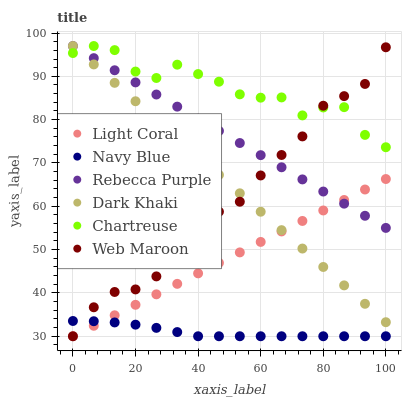
| xaxis_label | Light Coral | Navy Blue | Rebecca Purple | Dark Khaki | Chartreuse | Web Maroon |
 | --- | --- | --- | --- | --- | --- | --- |
 | 0 | 30 | 33.5 | 97 | 97 | 95.4 | 30 |
 | 6.67 | 32.4 | 33.5 | 94.2 | 92.7 | 97 | 36.7 |
 | 13.3 | 34.8 | 33.2 | 91.4 | 88.5 | 96.1 | 40.2 |
 | 20 | 37.3 | 32.7 | 88.6 | 84.2 | 91.1 | 40.8 |
 | 26.7 | 39.7 | 31.9 | 85.8 | 80 | 89.6 | 43.8 |
 | 33.3 | 42.1 | 31 | 83 | 75.7 | 92.7 | 48.2 |
 | 40 | 44.5 | 30 | 80.2 | 71.5 | 90.5 | 58.2 |
 | 46.7 | 46.9 | 30 | 77.4 | 67.2 | 88.8 | 58.8 |
 | 53.3 | 49.4 | 30 | 74.6 | 63 | 85.8 | 61.1 |
 | 60 | 51.8 | 30 | 71.8 | 58.7 | 85.1 | 67.1 |
 | 66.7 | 54.2 | 30 | 69 | 54.5 | 85.1 | 71.8 |
 | 73.3 | 56.6 | 30 | 66.2 | 50.2 | 81 | 76.1 |
 | 80 | 59 | 30 | 63.4 | 46 | 82.8 | 83.2 |
 | 86.7 | 61.5 | 30 | 60.6 | 41.7 | 82.9 | 85.4 |
 | 93.3 | 63.9 | 30 | 57.8 | 37.5 | 76.5 | 88.2 |
 | 100 | 66.3 | 30 | 55 | 33.2 | 73.6 | 96.7 |